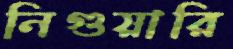
নিগুয়ারি